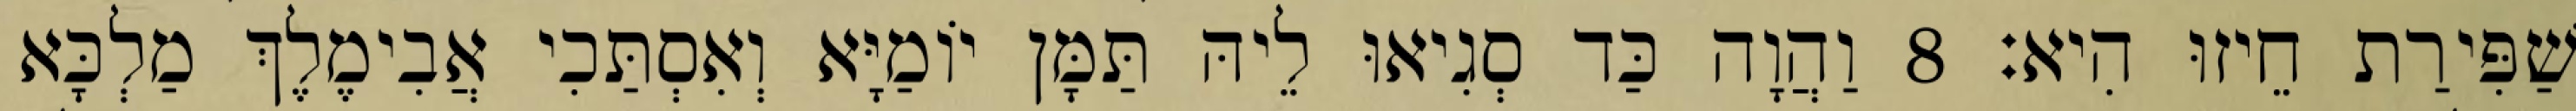
שַׁפִּירַת חֵיזוּ הִיא׃ 8 וַהֲוָה כַּד סְגִיאוּ לֵיהּ תַּמָּן יוֹמַיָּא וְאִסְתַּכִי אֲבִימֶלֶךְ מַלְכָּא